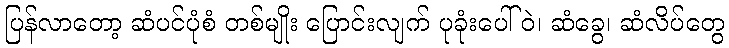
ပြန်လာတော့ ဆံပင်ပုံစံ တစ်မျိုး ပြောင်းလျက် ပုခုံးပေါ်ဝဲ၊ ဆံခွေ၊ ဆံလိပ်တွေ